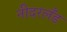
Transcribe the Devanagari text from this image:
नीदरलँड